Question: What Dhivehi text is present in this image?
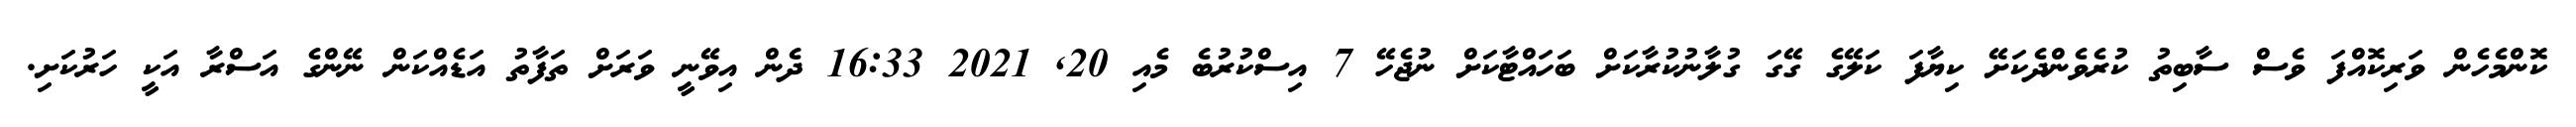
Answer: ކޮންމެހެން ވަރިކޮއްފަ ވެސް ސާބިތު ކުރެވެންދެކަށޭ ކިޔާފަ ކަލޭގެ ގޭގަ ގުލާނުކުރާކަށް ބަހައްޓާކަށް ނުޖެހޭ 7 އިސްކުރުބެ މެއި 20, 2021 16:33 ދެން އިވޭނީ ވަރަށް ތަފާތު އަޑެއްކަން ނޭންގެ އަސްރާ އަކީ ހަރުކަށި.